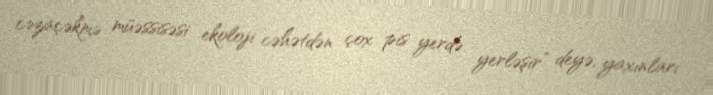
cəzaçəkmə müəssisəsi ekoloji cəhətdən çox pis yerdə yerləşir” deyə, yaxınları